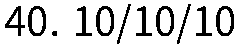
40. 10/10/10